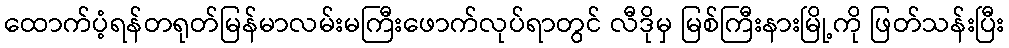
ထောက်ပံ့ရန်တရုတ်မြန်မာလမ်းမကြီးဖောက်လုပ်ရာတွင် လီဒိုမှ မြစ်ကြီးနားမြို့ကို ဖြတ်သန်းပြီး